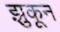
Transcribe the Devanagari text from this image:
झुकून